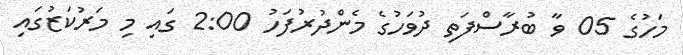
މަހުގެ 05 ވާ ބުރާސްފަތި ދުވަހުގެ މެންދުރުފަހު 2:00 ގައި މި މަރުކަޒުގައި